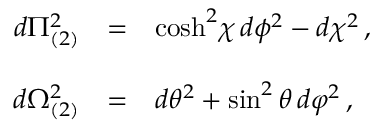
\begin{array} { r c l } { { d \Pi _ { ( 2 ) } ^ { 2 } } } & { { = } } & { { \mathrm { c o s h } ^ { 2 } \chi \, d \phi ^ { 2 } - d \chi ^ { 2 } \, , } } \\ { { } } & { { } } & { { } } \\ { { d \Omega _ { ( 2 ) } ^ { 2 } } } & { { = } } & { { d \theta ^ { 2 } + \sin ^ { 2 } { \theta } \, d \varphi ^ { 2 } \, , } } \end{array}